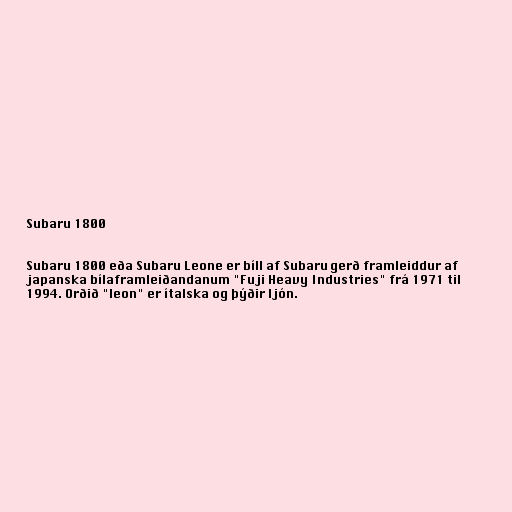
Subaru 1800

Subaru 1800 eða Subaru Leone er bíll af Subaru gerð framleiddur af
japanska bílaframleiðandanum "Fuji Heavy Industries" frá 1971 til
1994. Orðið "leon" er ítalska og þýðir ljón.